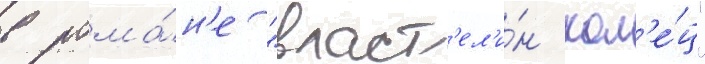
в рома́н'е "власт'ел'и́н кол'е́ц"